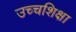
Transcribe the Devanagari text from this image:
उच्चशिक्षा